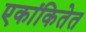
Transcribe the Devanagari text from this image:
एकांकितेत